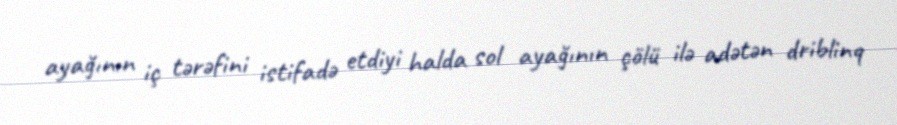
ayağının iç tərəfini istifadə etdiyi halda sol ayağının çölü ilə adətən driblinq